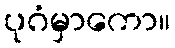
ပုဂံမှာကော။